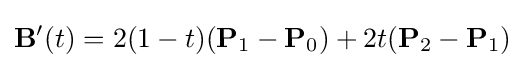
\mathbf {B} '(t)=2(1-t)(\mathbf {P} _{1}-\mathbf {P} _{0})+2t(\mathbf {P} _{2}-\mathbf {P} _{1})